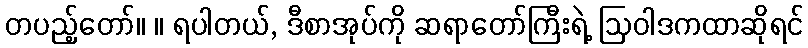
တပည့်တော်။ ။ ရပါတယ်, ဒီစာအုပ်ကို ဆရာတော်ကြီးရဲ့ ဩဝါဒကထာဆိုရင်